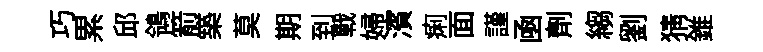
巧累邱鴒箭築莫期到戰婦濱痢面謹凾劑縐劉猜錐